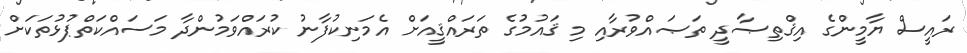
ރައީސް ޔާމީންގެ އިޤްތިޞާދީ ތަޞައްވުރާއި މި ޤައުމުގެ ތަރައްޤީއަށް އެމަނިކުފާނު ކުރައްވަމުންދާ މަސައްކަތްޕުޅުތަކަށް